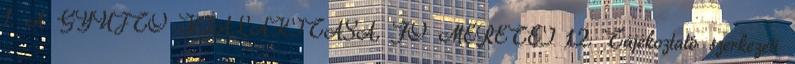
1. A GYÛJTÕ KIALAKÍTÁSA, FÕ MÉRETEI 1.2. Tájékoztató szerkezeti